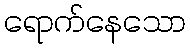
ရောက်နေသော